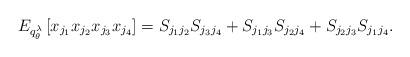
LaTeX: \begin{align*} E_{q^{\lambda}_{\theta}}\left[x_{j_1}x_{j_2}x_{j_3}x_{j_4}\right]=S_{j_1j_2}S_{j_3j_4}+S_{j_1j_3}S_{j_2j_4}+S_{j_2j_3}S_{j_1j_4}.\end{align*}